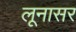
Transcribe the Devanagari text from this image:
लूनासर